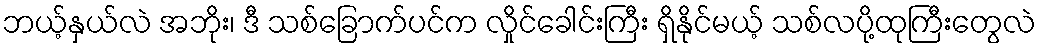
ဘယ့်နှယ်လဲ အဘိုး၊ ဒီ သစ်ခြောက်ပင်က လှိုင်ခေါင်းကြီး ရှိနိုင်မယ့် သစ်လပို့ထုကြီးတွေလဲ